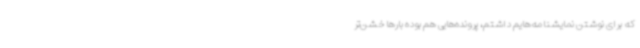
که برای نوشتن نمایشنامه‌هایم داشتم، پرونده‌هایی هم بوده بارها خشن‌تر